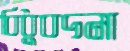
বিধুবদনা